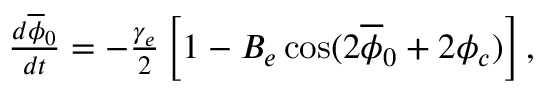
\begin{array} { r } { \frac { d \overline { { \phi } } _ { 0 } } { d t } = - \frac { \gamma _ { e } } { 2 } \left[ 1 - B _ { e } \cos ( 2 \overline { { \phi } } _ { 0 } + 2 \phi _ { c } ) \right] , } \end{array}